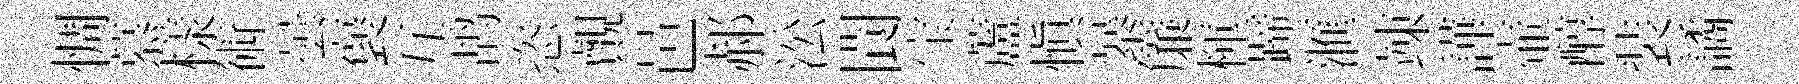
惆慕樣術曇褒互鸪恣覿邑郝㳂閬宝蘆慎暴簾楎蹄滙竦譁壷醇装譎